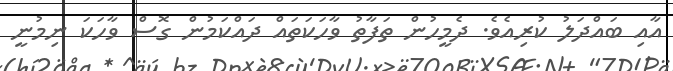
އާއި ބައްދަލު ކުރިއެވެ. ދެމީހުން ތަފާތު ވާހަކަތައް ދައްކަމުން ގޮސް ވާހަކަ ނިމުނީ